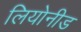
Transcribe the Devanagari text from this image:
लियोनीड